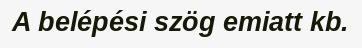
A belépési szög emiatt kb.